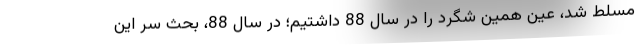
مسلط شد، عین همین شگرد را در سال 88 داشتیم؛ در سال 88، بحث سر این